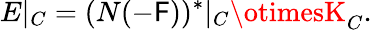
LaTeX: E|_{C}=(N(-\mathsf{F}))^{*}|_{C}\otimesK_{C}.